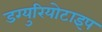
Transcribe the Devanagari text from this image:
डग्युरियोटाइप